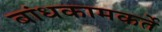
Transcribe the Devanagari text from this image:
बांधकामकर्ते